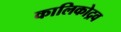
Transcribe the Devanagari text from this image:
कालिकोद्रव